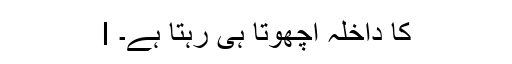
I کا داخلہ اچھوتا ہی رہتا ہے۔